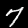
Label: 7